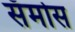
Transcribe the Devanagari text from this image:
सॅमोस